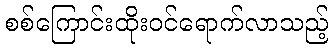
စစ်ကြောင်းထိုးဝင်ရောက်လာသည့်